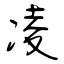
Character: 凌